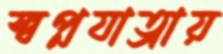
স্বপ্নযাত্রায়